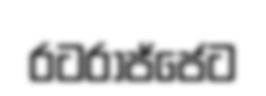
රටරාජ්ජෙට